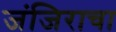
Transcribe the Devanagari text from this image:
जंजिराचा